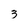
Character: 3